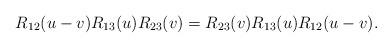
LaTeX: \begin{align*}R _{12} (u-v) R _{13} (u) R _{23} (v) =R _{23} (v) R _{13}(u) R _{12} (u-v).\end{align*}